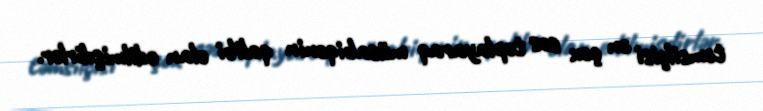
təmsilçisi ən çox səs toplayaraq müsabiqənin qalibi elan edilmişdirlər.